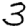
Digit: 3